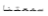
سمعتنا